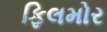
ફિલમોર